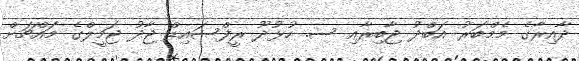
ދާއިރާގެ މެމްބަރު އަބްދު ޖާބިރާއި ސ. ހުޅުދޫ ރީފްސައިޑް ޖާދު ޖަމީލްގެ މައްޗަށް